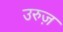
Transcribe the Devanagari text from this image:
उरुज़